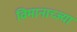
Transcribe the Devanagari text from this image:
विमानाच्ज्या